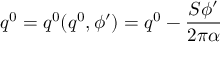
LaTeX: q ^ { 0 } = q ^ { 0 } ( q ^ { 0 } , \phi ^ { \prime } ) = q ^ { 0 } - \frac { S \phi ^ { \prime } } { 2 \pi \alpha }